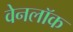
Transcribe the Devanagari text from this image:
वेनलॉक